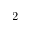
2